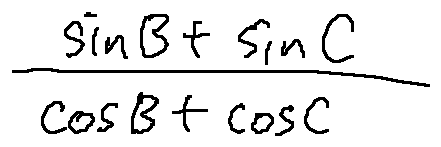
\frac { \sin B + \sin C } { \cos B + \cos C }